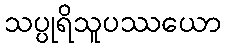
သပ္ပုရိသူပဿယော